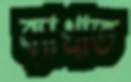
ব্যাখাত